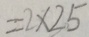
= 2 \times 2 5